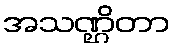
အသဏ္ဌိတာ